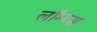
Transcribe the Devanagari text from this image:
लॉम्ब्स